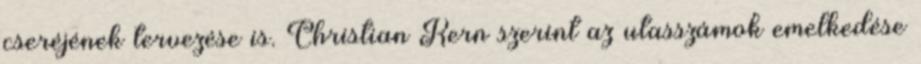
cseréjének tervezése is. Christian Kern szerint az utasszámok emelkedése